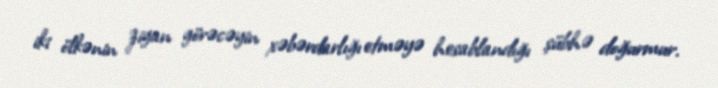
iki ölkənin ziyan görəcəyin xəbərdarlığı etməyə hesablandığı şübhə doğurmur.